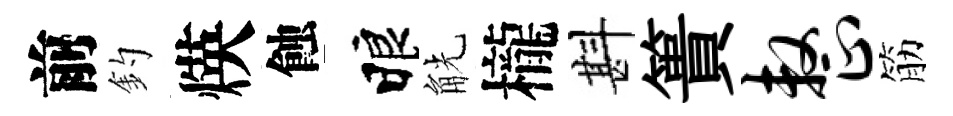
前釣煐蝕睱觥櫳斟簣整筋